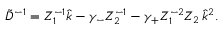
\tilde { D } ^ { - 1 } = Z _ { 1 } ^ { - 1 } \hat { k } - \gamma _ { - } Z _ { 2 } ^ { - 1 } - \gamma _ { + } Z _ { 1 } ^ { - 2 } Z _ { 2 } \, \hat { k } ^ { 2 } .